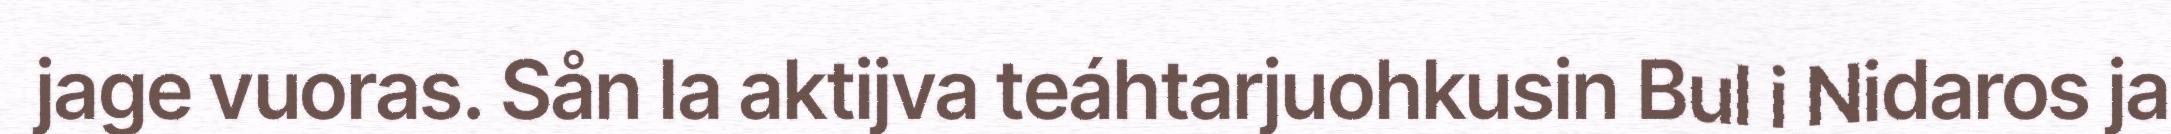
jage vuoras. Sån la aktijva teáhtarjuohkusin Bul i Nidaros ja